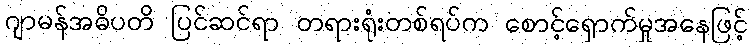
ဂျာမန်အဓိပတိ ပြင်ဆင်ရာ တရားရုံးတစ်ရပ်က စောင့်ရှောက်မှုအနေဖြင့်